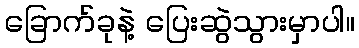
ခြောက်ခုနဲ့ ပြေးဆွဲသွားမှာပါ။